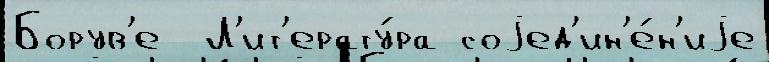
Борув'е  Л'ит'ерату́ра соjед'ин'е́н'иjе